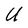
Character: U